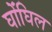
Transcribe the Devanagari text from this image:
घोंघिल